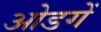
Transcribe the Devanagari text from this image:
ओडगें